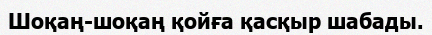
Шоқаң-шоқаң қойға қасқыр шабады.